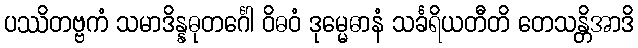
ပဿိတဗ္ဗကံ သမာဒိန္နဓုတင်္ဂေါ ဝိဓဝံ ဒုမ္မေဓာနံ သင်္ခရိယတီတိ တေသန္တိအာဒိ